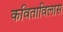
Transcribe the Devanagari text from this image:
कविताविलास